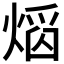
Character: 𤌵